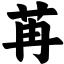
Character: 苒